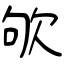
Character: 欨